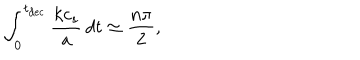
LaTeX: \int _ { 0 } ^ { t _ { \mathrm { d e c } } } \frac { k c _ { s } } { a } \, d t \simeq \frac { n \pi } { 2 } ,